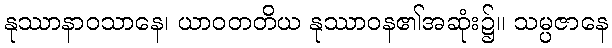
နုဿာနာဝသာနေ၊ ယာဝတတိယ နုဿာဝန၏အဆုံး၌။ သမ္ပဇာနေ